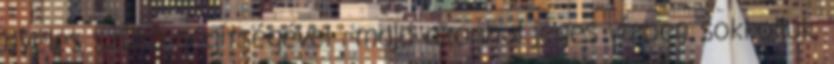
nyeles szűrő segítségével , majd azonnal jeges vízben sokkoljuk.